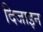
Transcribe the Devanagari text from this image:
दिजाइन